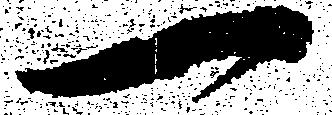
一